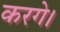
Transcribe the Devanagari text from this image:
करगे।